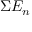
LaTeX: \Sigma E _ { n }